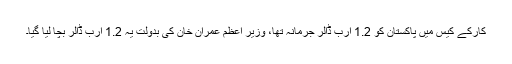
کارکے کیس میں پاکستان کو 1.2 ارب ڈالر جرمانہ تھا، وزیر اعظم عمران خان کی بدولت یہ 1.2 ارب ڈالر بچا لیا گیا۔